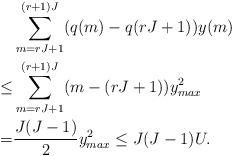
LaTeX: \begin{align*}&\sum_{m=rJ+1}^{(r+1)J} (q(m) - q(rJ+1)) y(m) \\\leq&\sum_{m=rJ+1}^{(r+1)J} (m-(rJ+1)) y^2_{max} \\=&\frac{J(J-1)}{2}y^2_{max} \leq J(J-1)U.\end{align*}